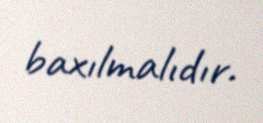
baxılmalıdır.